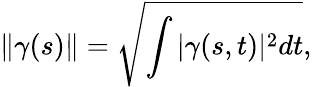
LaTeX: \| \gamma(s)\| =\sqrt{\int|\gamma(s,t)|^{2}dt},